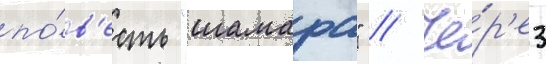
по́в'есть "шамара" // Че́р'ез